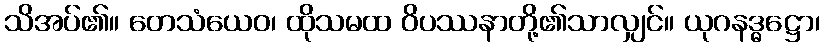
သိအပ်၏။ တေသံယေဝ၊ ထိုသမထ ဝိပဿနာတို့၏သာလျှင်။ ယုဂနဒ္ဓဋ္ဌော၊